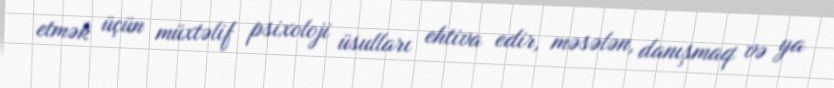
etmək üçün müxtəlif psixoloji üsulları ehtiva edir, məsələn, danışmaq və ya